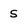
Character: s